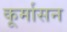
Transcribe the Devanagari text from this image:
कूर्मासन